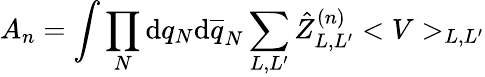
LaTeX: A_{n}=\int\prod_{N}\mathrm{d}q_{N}\mathrm{d}\overline{{{q}}}_{N}\sum_{L,L^{\prime}}\hat{{Z}}_{L,L^{\prime}}^{(n)}<V>_{L,L^{\prime}}